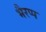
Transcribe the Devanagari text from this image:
भैरप्प